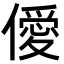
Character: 僾